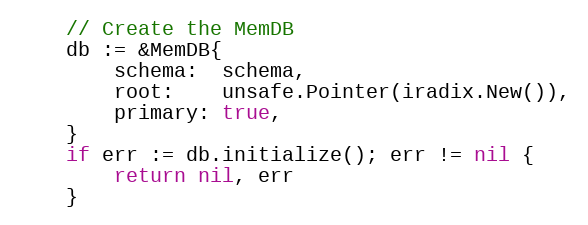
Language: Go
	// Create the MemDB
	db := &MemDB{
		schema:  schema,
		root:    unsafe.Pointer(iradix.New()),
		primary: true,
	}
	if err := db.initialize(); err != nil {
		return nil, err
	}